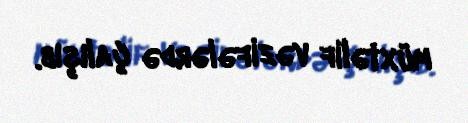
müxtəlif vəzifələrdə çalışıb.